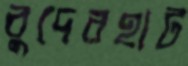
বুদেরহাট